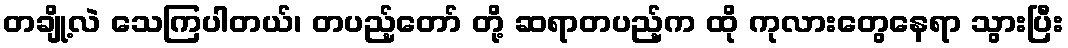
တချို့လဲ သေကြပါတယ်၊ တပည့်တော် တို့ ဆရာတပည့်က ထို ကုလားတွေနေရာ သွားပြီး